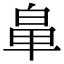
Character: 𮮳